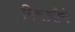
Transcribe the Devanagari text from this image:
बिचारीने